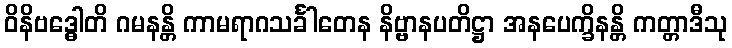
ဝိနိဗဒ္ဓေါတိ ဂမနန္တိ ကာမရာဂသင်္ခါတေန နိဗ္ဗာနပတိဋ္ဌာ အနပေက္ခိနန္တိ ကတ္တာဒီသု